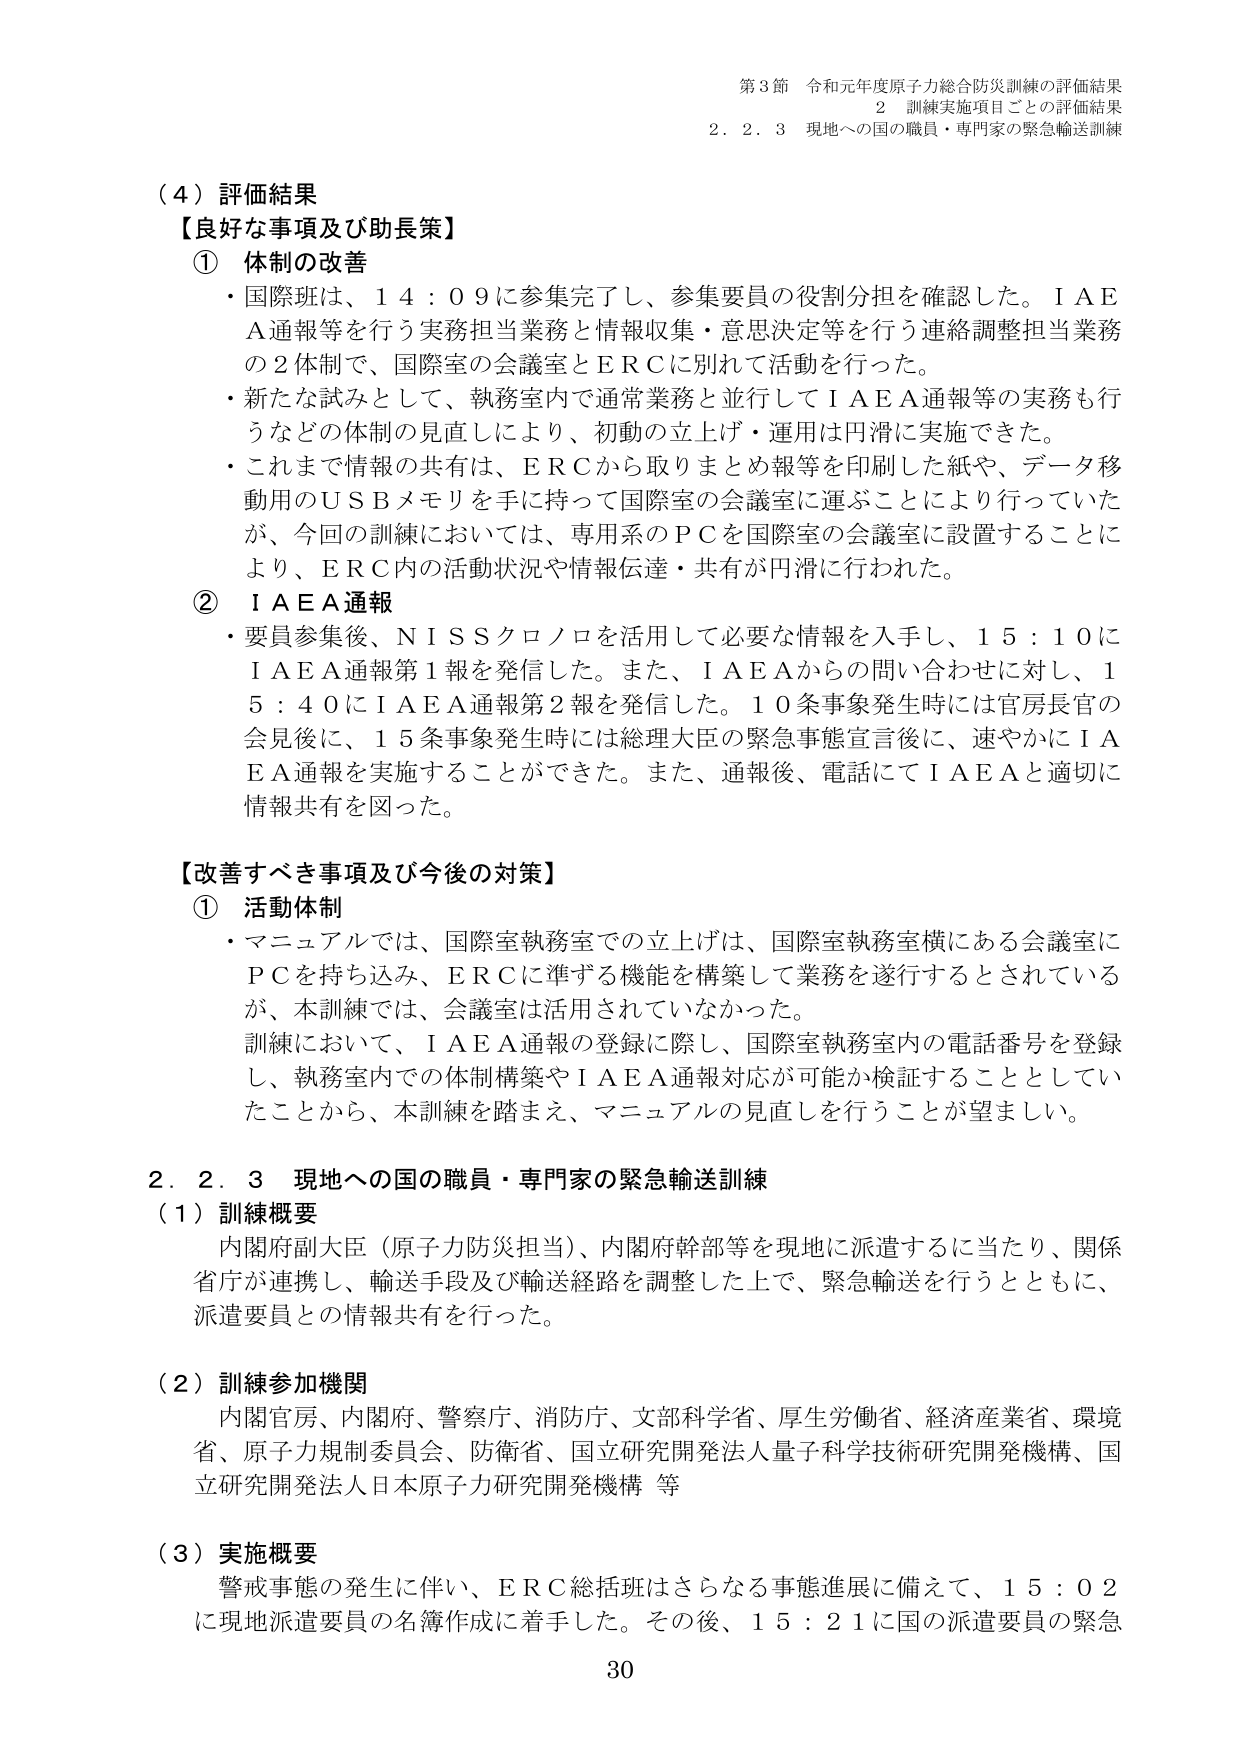
第3節 令和元年度原子力総合防災訓練の評価結果
2 訓練実施項目ごとの評価結果
2．2．3 現地への国の職員・専門家の緊急輸送訓練

（4）評価結果
【良好な事項及び助長策】
① 体制の改善
・国際班は、14：09に参集完了し、参集要員の役割分担を確認した。IAEA通報等を行う実務担当業務と情報収集・意思決定等を行う連絡調整担当業務の2体制で、国際室の会議室とERCに別れて活動を行った。
・新たな試みとして、執務室内で通常業務と並行してIAEA通報等の実務も行うなどの体制の見直しにより、初動の立上げ・運用は円滑に実施できた。
・これまで情報の共有は、ERCから取りまとめ報等を印刷した紙や、データ移動用のUSBメモリを手に持って国際室の会議室に運ぶことにより行っていたが、今回の訓練においては、専用系のPCを国際室の会議室に設置することにより、ERC内の活動状況や情報伝達・共有が円滑に行われた。

② IAEA通報
・要員参集後、NISSクロノロを活用して必要な情報を入手し、15：10にIAEA通報第1報を発信した。また、IAEAからの問い合わせに対し、15：40にIAEA通報第2報を発信した。10条事象発生時には官房長官の会見後に、15条事象発生時には総理大臣の緊急事態宣言後に、速やかにIAEA通報を実施することができた。また、通報後、電話にてIAEAと適切に情報共有を図った。

【改善すべき事項及び今後の対策】
① 活動体制
・マニュアルでは、国際室執務室での立上げは、国際室執務室横にある会議室にPCを持ち込み、ERCに準ずる機能を構築して業務を遂行するとされているが、本訓練では、会議室は活用されていなかった。
訓練において、IAEA通報の登録に際し、国際室執務室内の電話番号を登録し、執務室内での体制構築やIAEA通報対応が可能か検証することとしていたことから、本訓練を踏まえ、マニュアルの見直しを行うことが望ましい。

2．2．3 現地への国の職員・専門家の緊急輸送訓練
（1）訓練概要
内閣府副大臣（原子力防災担当）、内閣府幹部等を現地に派遣するに当たり、関係省庁が連携し、輸送手段及び輸送経路を調整した上で、緊急輸送を行うとともに、派遣要員との情報共有を行った。

（2）訓練参加機関
内閣官房、内閣府、警察庁、消防庁、文部科学省、厚生労働省、経済産業省、環境省、原子力規制委員会、防衛省、国立研究開発法人量子科学技術研究開発機構、国立研究開発法人日本原子力研究開発機構 等

（3）実施概要
警戒事態の発生に伴い、ERC総括班はさらなる事態進展に備えて、15：02に現地派遣要員の名簿作成に着手した。その後、15：21に国の派遣要員の緊急

30